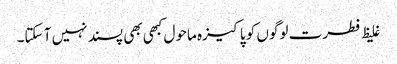
غلیظ فطرت لوگوں کو پاکیزہ ماحول کبھی بھی پسند نہیں آ سکتا۔